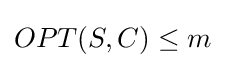
OPT(S,C)\leq m